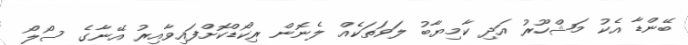
ބޭންޑާ އެކު މަޝްހޫރު އަދި ކާމިޔާބު ލަވަތަކެއް ލެނޮން ރިކޯޑްކޮށްފައިވާއިރު އޭނާގެ ސޯލޯ